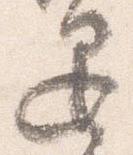
退